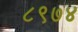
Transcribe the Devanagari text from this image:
८९७४